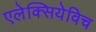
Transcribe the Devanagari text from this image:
एलेक्सियेविच